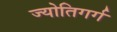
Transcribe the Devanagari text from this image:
ज्योतिगर्ग